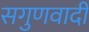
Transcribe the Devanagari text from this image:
सगुणवादी